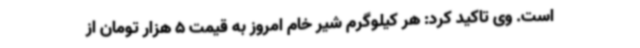
است. وی تاکید کرد: هر کیلوگرم شیر خام امروز به قیمت 5 هزار تومان از